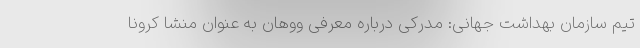
تیم سازمان بهداشت جهانی: مدرکی درباره معرفی ووهان به عنوان منشا کرونا